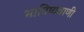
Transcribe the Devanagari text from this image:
भाविष्यवाणी